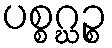
ပစ္စဂ္ဃဉ္စ